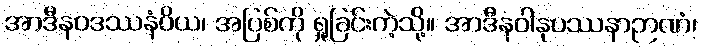
အာဒီနဝဒဿနံဝိယ၊ အပြစ်ကို ရှုခြင်းကဲ့သို့။ အာဒီနဝါနုပဿနာဉာဏံ၊